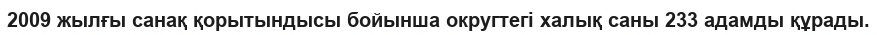
2009 жылғы санақ қорытындысы бойынша округтегі халық саны 233 адамды құрады.